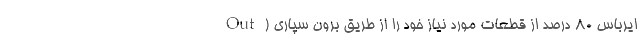
ایرباس 80 درصد از قطعاتِ مورد نیاز خود را از طریق برون سپاری (Out